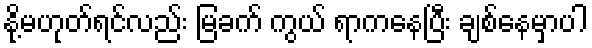
နို့မဟုတ်ရင်လည်း မြခက် ကွယ် ရာကနေပြီး ချစ်နေမှာပါ